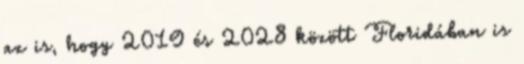
az is, hogy 2019 és 2028 között Floridában is